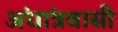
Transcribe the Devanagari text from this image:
अंधांत्रवासी